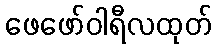
ဖေဖော်ဝါရီလထုတ်